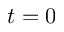
t = 0